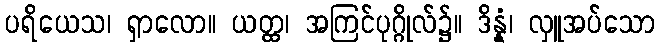
ပရိယေသ၊ ရှာလော။ ယတ္ထ၊ အကြင်ပုဂ္ဂိုလ်၌။ ဒိန္နံ၊ လှူအပ်သော